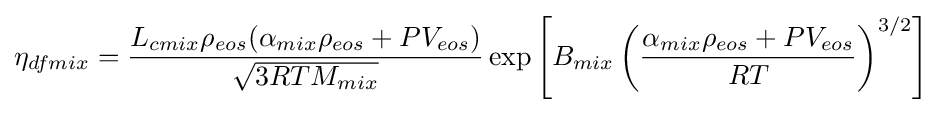
\eta _{dfmix}={\frac {L_{cmix}\rho _{eos}(\alpha _{mix}\rho _{eos}+PV_{eos})}{\sqrt {3RTM_{mix}}}}\exp {\left[B_{mix}\left({\frac {\alpha _{mix}\rho _{eos}+PV_{eos}}{RT}}\right)^{3/2}\right]}